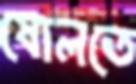
ষোলতে